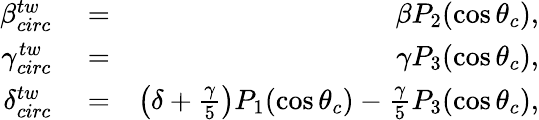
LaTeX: \begin{array}{rlr}{\beta_{circ}^{tw}}&{{}=}&{\beta P_{2}(\cos\theta_{c}),}\\ {\gamma_{circ}^{tw}}&{{}=}&{\gamma P_{3}(\cos\theta_{c}),}\\ {\delta_{circ}^{tw}}&{{}=}&{\left(\delta+\frac{\gamma}{5}\right)P_{1}(\cos\theta_{c})-\frac{\gamma}{5}P_{3}(\cos\theta_{c}),}\end{array}